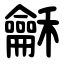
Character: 龢